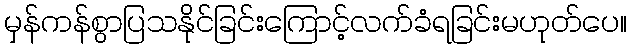
မှန်ကန်စွာပြသနိုင်ခြင်းကြောင့်လက်ခံရခြင်းမဟုတ်ပေ။